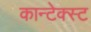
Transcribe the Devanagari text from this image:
कान्टेक्स्ट